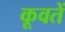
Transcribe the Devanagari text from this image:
कूवतें